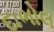
દાભોલ